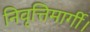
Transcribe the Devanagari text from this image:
निवृत्तिमार्गी।